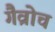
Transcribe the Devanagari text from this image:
गैव्रोच